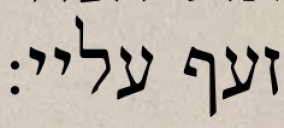
זעף עליי: